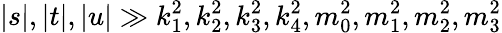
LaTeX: |s|,|t|,|u|\gg k_{1}^{2},k_{2}^{2},k_{3}^{2},k_{4}^{2},m_{0}^{2},m_{1}^{2},m_{2}^{2},m_{3}^{2}